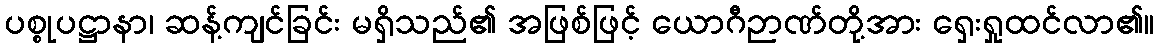
ပစ္စုပဋ္ဌာနာ၊ ဆန့်ကျင်ခြင်း မရှိသည်၏ အဖြစ်ဖြင့် ယောဂီဉာဏ်တို့အား ရှေးရှုထင်လာ၏။